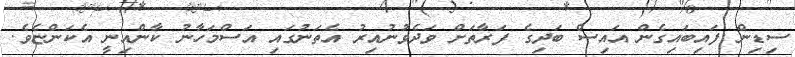
ސިޑިން ފައިބައިގެން އައިސް ބަދިގެ ފަރާތަށް ވަދެވުނުއިރު އެތަނުގައި އަސްމަހާނު ކާންއިނީ އެކަންޏެވެ.